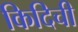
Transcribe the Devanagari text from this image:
किदिची